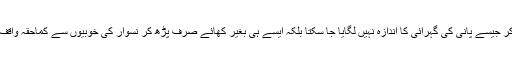
کنارےپر کھڑے ہو کر جیسے پانی کی گہرائی کا اندازہ نہیں لگایا جا سکتا بلکہ ایسے ہی بغیر کھائے صرف پڑھ کر نسوار کی خوبیوں سے کماحقہ واقف ہونا بھی ممکن نہیں۔